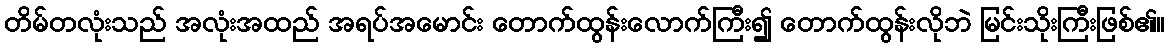
တိမ်တလုံးသည် အလုံးအထည် အရပ်အမောင်း တောက်ထွန်းလောက်ကြီး၍ တောက်ထွန်းလိုဘဲ မြင်းသိုးကြီးဖြစ်၏။